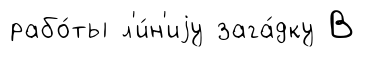
рабо́ты л'и́н'иjу зага́дку В